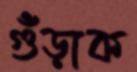
গুঁড়াক